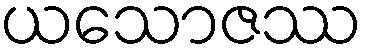
ယသောဇဿ